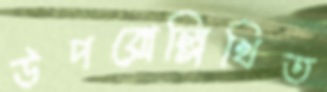
উপরোল্লিখিত